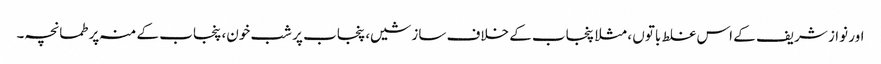
اور نواز شریف کے اس غلط باتوں ، مثلا پنجاب کے خلاف سازشیں، پنجاب پر شب خون، پنجاب کے منہ پر طمانچہ۔